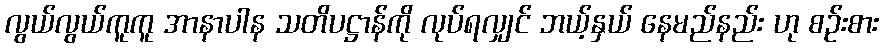
လွယ်လွယ်ကူကူ အာနာပါန သတိပဋ္ဌာန်ကို လုပ်ရလျှင် ဘယ့်နှယ် နေမည်နည်း ဟု စဉ်းစား